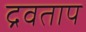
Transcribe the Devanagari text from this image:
द्रवताप